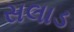
સલાડ